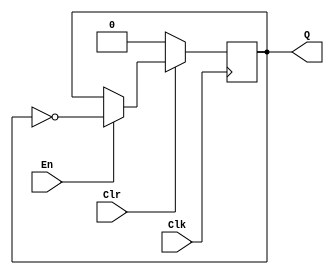
module t_flipflop (En, Clk, Clr, Q);
  input En, Clk, Clr;
  output reg Q;
  always @ (posedge Clk)
	if (~Clr) begin
		Q <= 1'b0;
	end else if (En) begin
		Q <= !Q;
	end
endmodule